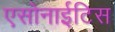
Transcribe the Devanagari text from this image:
एसोनाईटिस